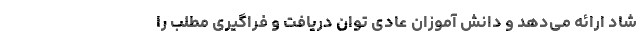
شاد ارائه می‌دهد و دانش آموزان عادی توان دریافت و فراگیری مطلب را